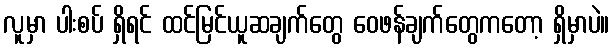
လူမှာ ပါးစပ် ရှိရင် ထင်မြင်ယူဆချက်တွေ ဝေဖန်ချက်တွေကတော့ ရှိမှာပဲ။